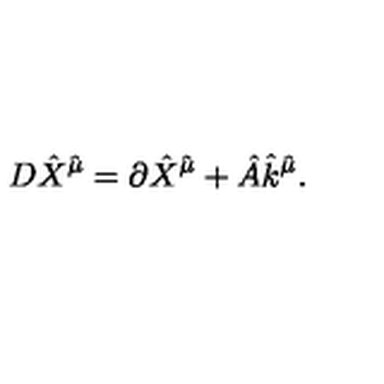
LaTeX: D { \hat { X } } ^ { { \hat { \mu } } } = \partial { \hat { X } } ^ { { \hat { \mu } } } + { \hat { A } } { \hat { k } } ^ { { \hat { \mu } } } .